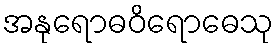
အနုရောဓဝိရောဓေသု